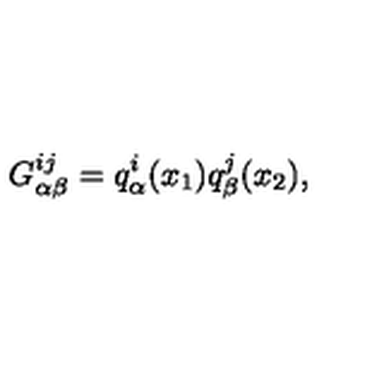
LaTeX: G _ { \alpha \beta } ^ { i j } = q _ { \alpha } ^ { i } ( x _ { 1 } ) q _ { \beta } ^ { j } ( x _ { 2 } ) ,